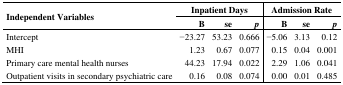
| <ROWSPAN=2> Independent Variables | <COLSPAN=3> Inpatient Days | <COLSPAN=3> Admission Rate |
 | B | se | p | B | se | p |
 | --- | --- | --- | --- | --- | --- | --- |
 | Intercept | −23.27 | 53.23 | 0.666 | −5.06 | 3.13 | 0.12 |
 | MHI | 1.23 | 0.67 | 0.077 | 0.15 | 0.04 | 0.001 |
 | Primary care mental health nurses | 44.23 | 17.94 | 0.022 | 2.29 | 1.06 | 0.041 |
 | Outpatient visits in secondary psychiatric care | 0.16 | 0.08 | 0.074 | 0.00 | 0.01 | 0.485 |